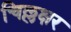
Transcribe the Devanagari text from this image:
चिल्लक्षर